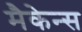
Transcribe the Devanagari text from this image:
मैकेन्स